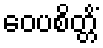
ဝေပစိတ္တိံ